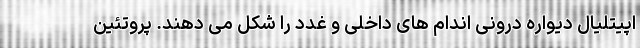
اپیتلیال دیواره درونی اندام های داخلی و غدد را شکل می دهند. پروتئین